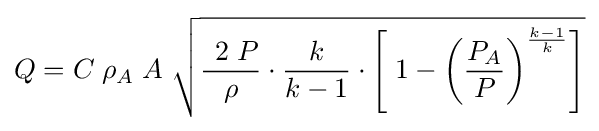
Q=C\;\rho _{A}\;A\;{\sqrt {{\frac {\;\,2\;P}{\rho }}\cdot {\frac {k}{k-1}}\cdot \left[\;1-{\left({\frac {P_{A}}{P}}\right)^{\frac {k-1}{k}}}\right]}}